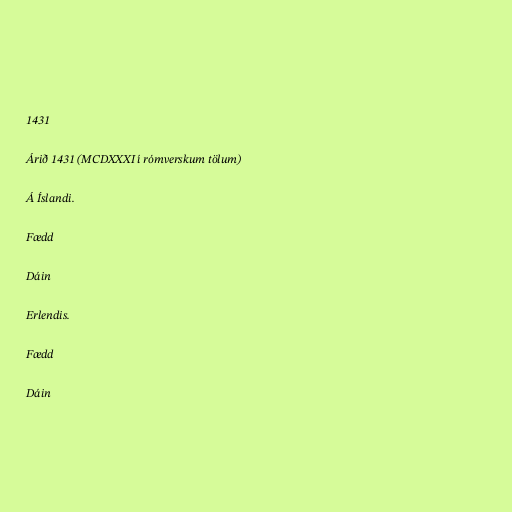
1431

Árið 1431 (MCDXXXI í rómverskum tölum)

Á Íslandi.

Fædd

Dáin

Erlendis.

Fædd

Dáin